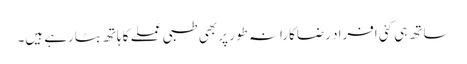
ساتھ ہی کئی افراد رضاکارانہ طور پر بھی طبی عملے کا ہاتھ بٹارہے ہیں۔